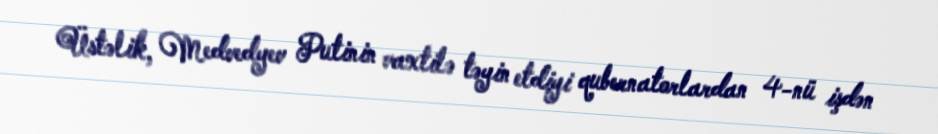
Üstəlik, Medvedyev Putinin vaxtilə təyin etdiyi qubernatorlardan 4-nü işdən